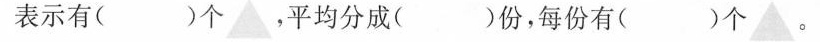
表示有( )个___，平均分成()份，每份有()个